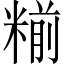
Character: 糋